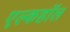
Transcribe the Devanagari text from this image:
एल्कहॉल